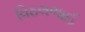
વિઠલભાઈ